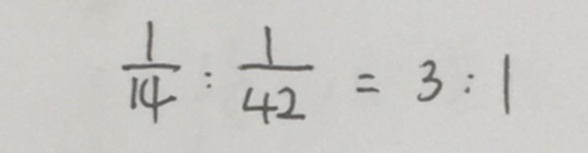
\frac { 1 } { 1 4 } : \frac { 1 } { 4 2 } = 3 : 1